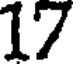
17